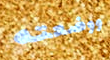
ووضعته